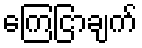
ကြေငြာချက်